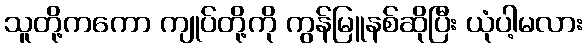
သူတို့ကကော ကျုပ်တို့ကို ကွန်မြူနစ်ဆိုပြီး ယုံပါ့မလား